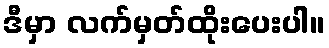
ဒီမှာ လက်မှတ်ထိုးပေးပါ။